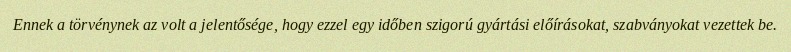
Ennek a törvénynek az volt a jelentősége, hogy ezzel egy időben szigorú gyártási előírásokat, szabványokat vezettek be.